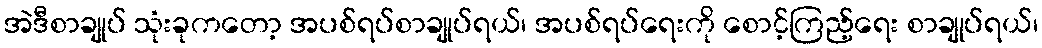
အဲဒီစာချုပ် သုံးခုကတော့ အပစ်ရပ်စာချုပ်ရယ်၊ အပစ်ရပ်ရေးကို စောင့်ကြည့်ရေး စာချုပ်ရယ်၊